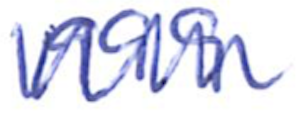
Text: 1999
Cross-out: zig-zag
Writing tool: ballpoint